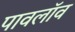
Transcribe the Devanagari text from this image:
पावलॉव